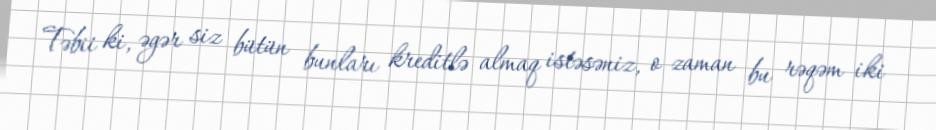
Təbii ki, əgər siz bütün bunları kreditlə almaq istəsəniz, o zaman bu rəqəm iki